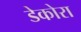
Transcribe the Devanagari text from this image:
डेकोरा